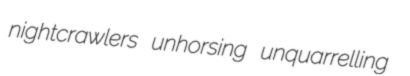
nightcrawlers unhorsing unquarrelling